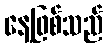
နေ့ဖြစ်သည်